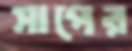
সাপের